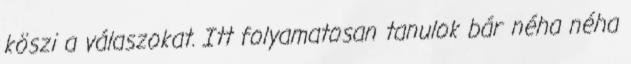
köszi a válaszokat. Itt folyamatosan tanulok bár néha néha